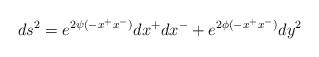
\begin{align*}ds^2 = e^{2\psi(-x^+x^-)}dx^+dx^- + e^{2\phi(-x^+x^-)}dy^2\end{align*}